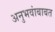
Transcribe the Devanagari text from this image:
अनुभवांबाबत